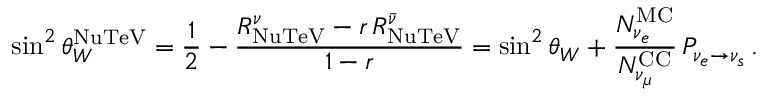
\sin ^ { 2 } \theta _ { W } ^ { \mathrm { N u T e V } } = \frac { 1 } { 2 } - \frac { R _ { \mathrm { N u T e V } } ^ { \nu } - r \, R _ { \mathrm { N u T e V } } ^ { \bar { \nu } } } { 1 - r } = \sin ^ { 2 } \theta _ { W } + \frac { N _ { \nu _ { e } } ^ { \mathrm { M C } } } { N _ { \nu _ { \mu } } ^ { \mathrm { C C } } } \, P _ { \nu _ { e } \to \nu _ { s } } \, .